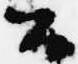
公